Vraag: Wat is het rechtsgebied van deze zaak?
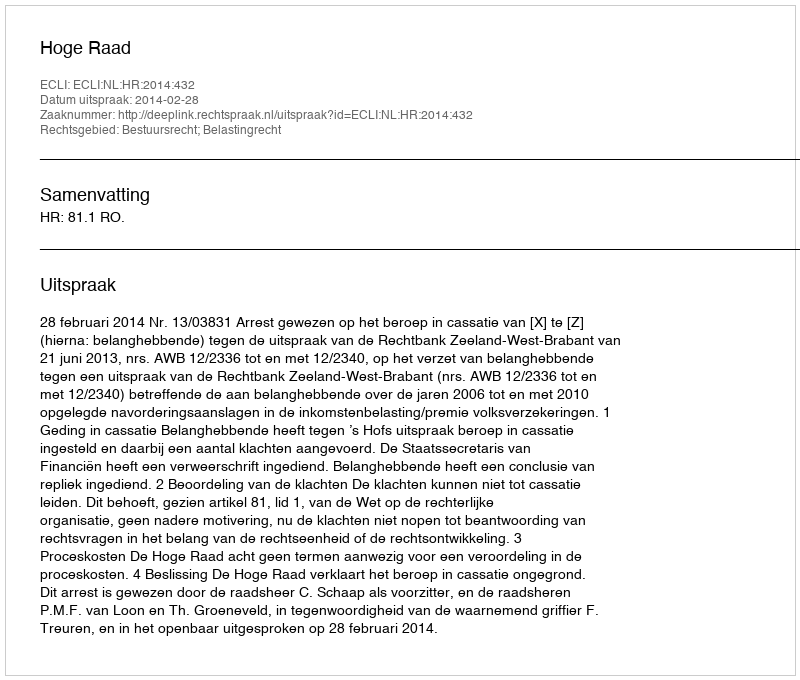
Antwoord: Bestuursrecht; Belastingrecht